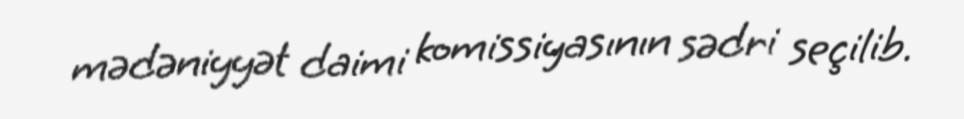
mədəniyyət daimi komissiyasının sədri seçilib.